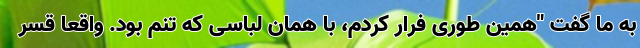
به ما گفت "همین طوری فرار کردم، با همان لباسی که تنم بود. واقعا قسر